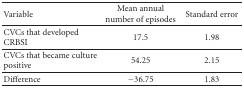
| Variable | Mean annual number of episodes | Standard error |
 | --- | --- | --- |
 | CVCs that developed CRBSI | 17.5 | 1.98 |
 | CVCs that became culture positive | 54.25 | 2.15 |
 | Difference | −36.75 | 1.83 |